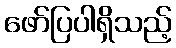
ဖော်ပြပါရှိသည့်